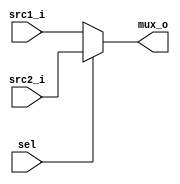
module MUX32
(
    sel,
    src1_i,
    src2_i,
    mux_o
);

input sel;
input [31:0] src1_i;
input [31:0] src2_i;
output [31:0] mux_o;

reg [31:0] mux_o;

always @(*) begin
    if (sel) begin
        mux_o = src2_i;        
    end
    else
        mux_o = src1_i;
end

endmodule